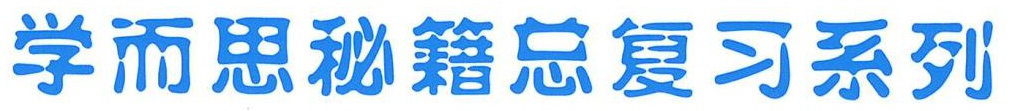
学而思秘籍总复习系列